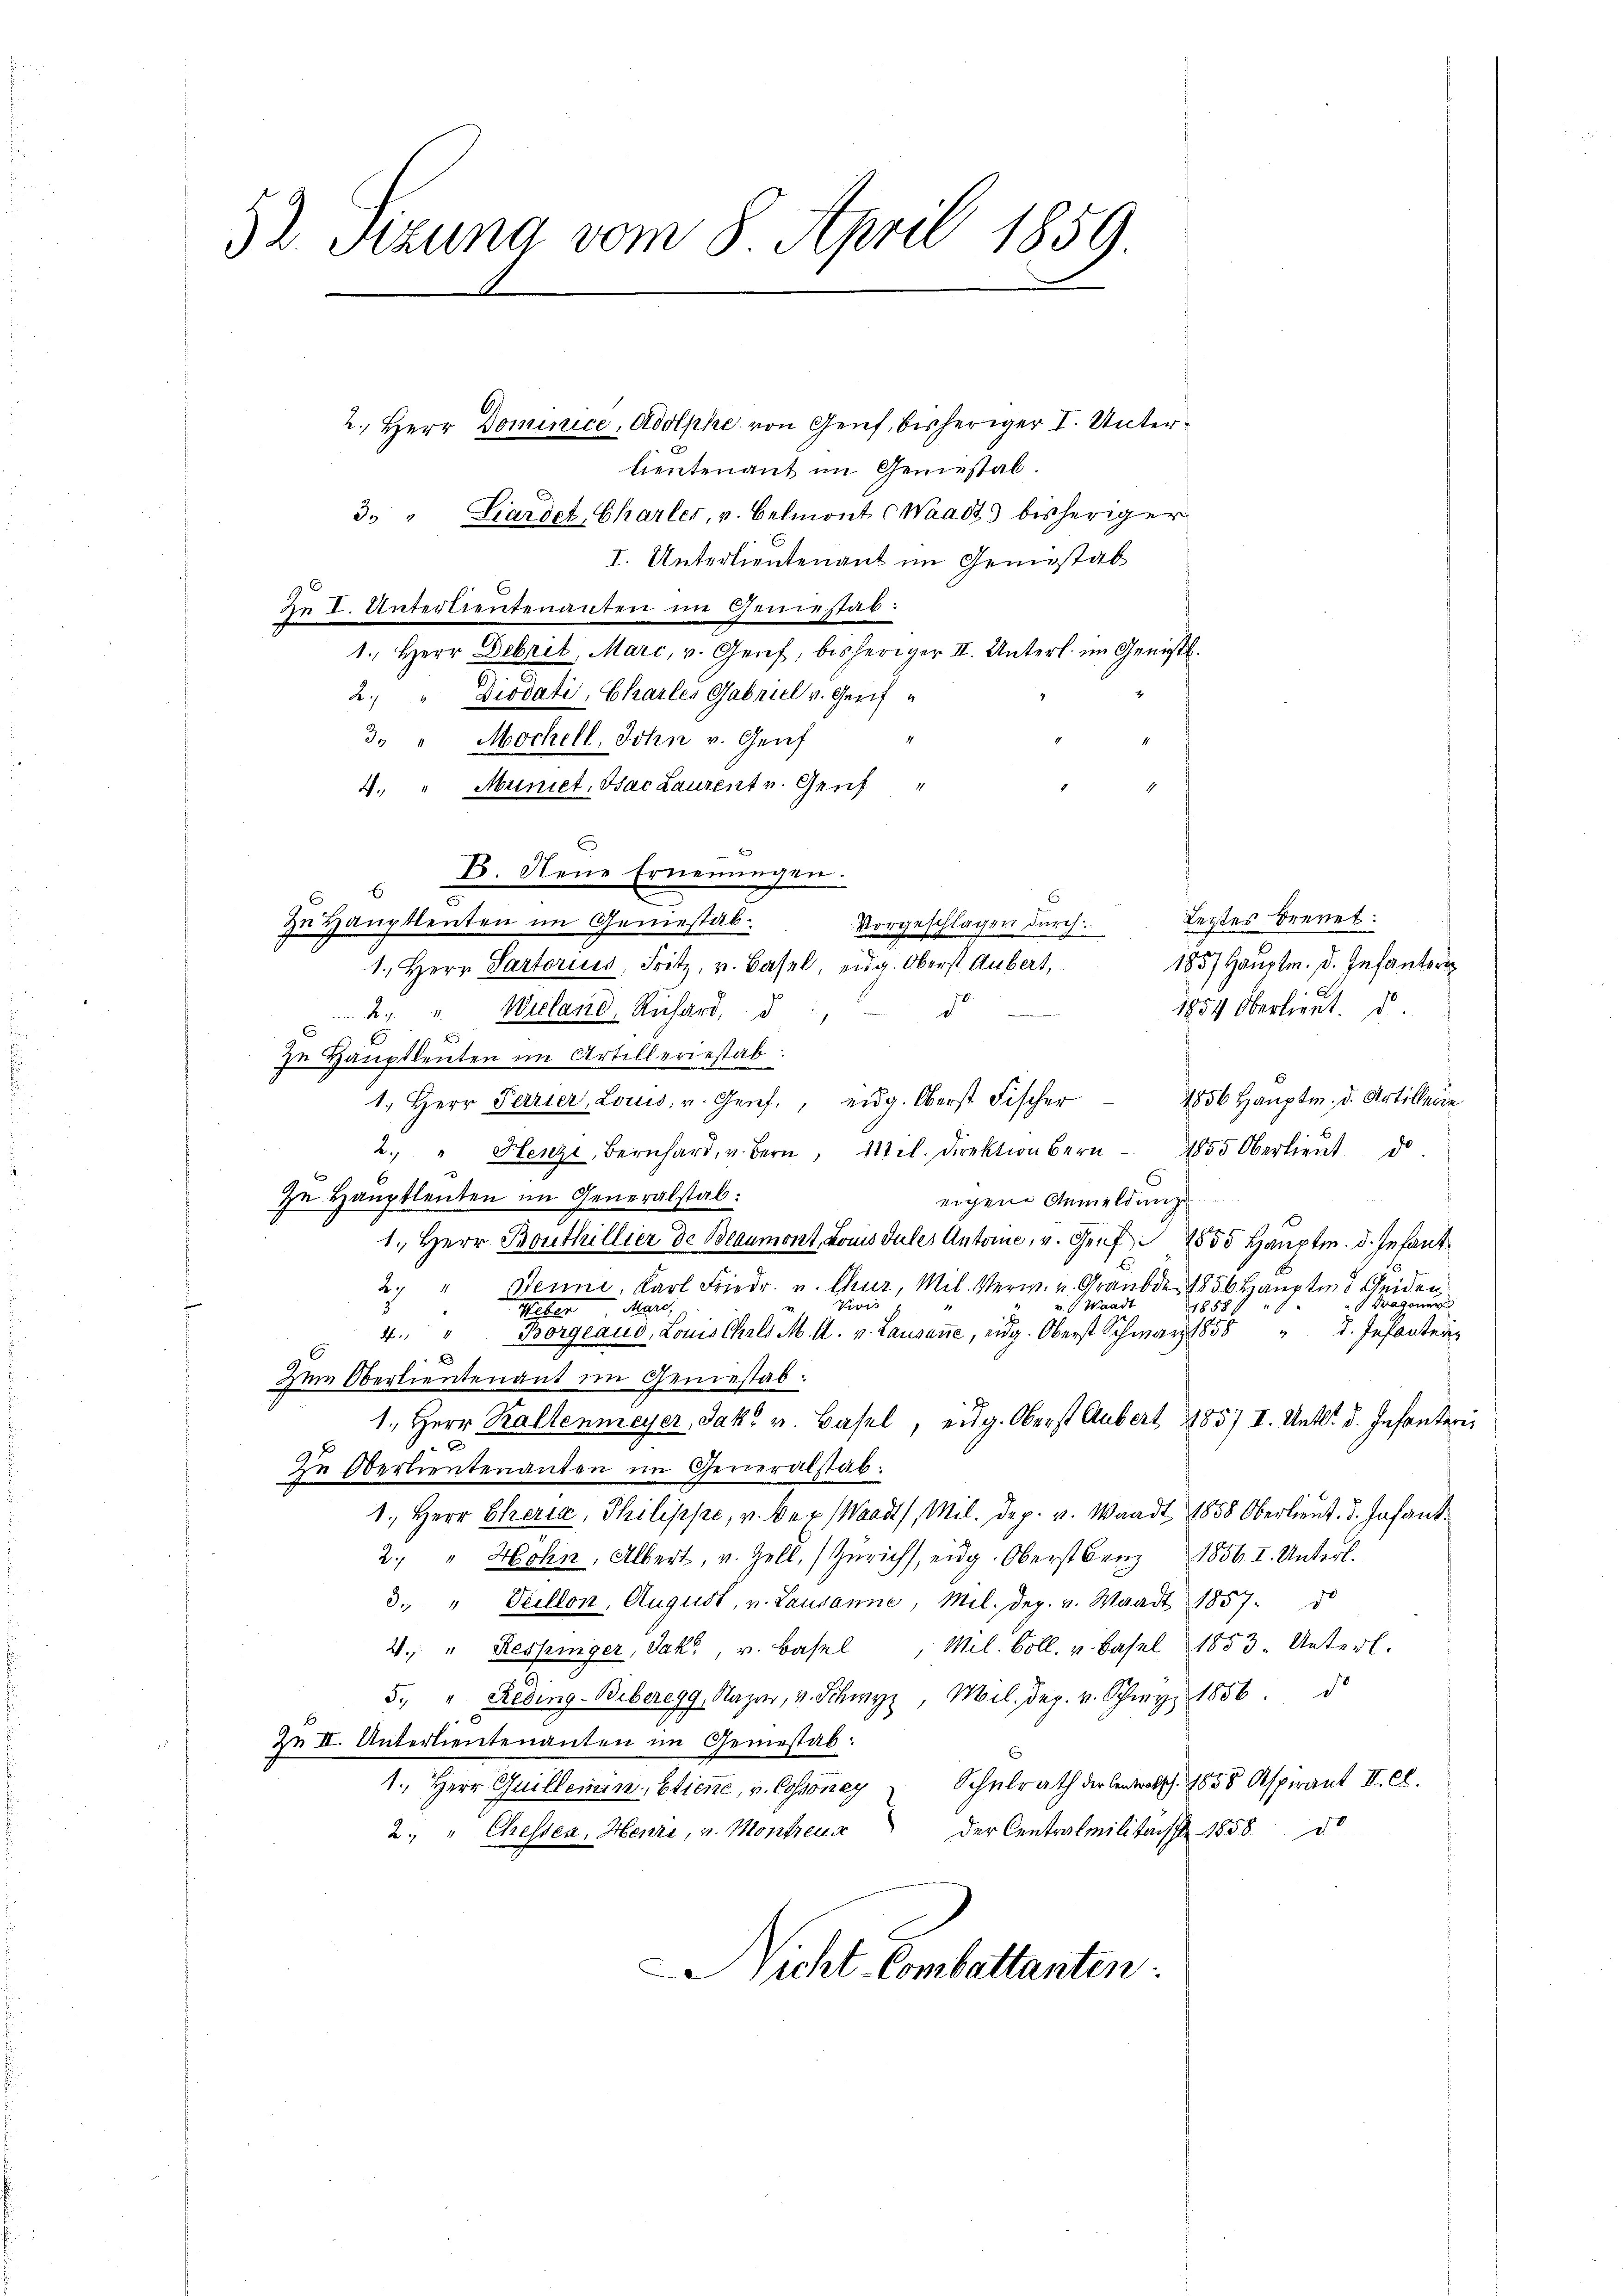
52. Sizung vom 8. April 1859

2. Herr Dominice, Adolphe von Genf, bisheriger I. Unterlieutenant im Geniestal.
3. " Sardet, Charler, v. Belmont (Waadt) bisheriger
I. Unterlieutenant im Gemistab
xe I. Unterlieŭtenanten im Geniesstab:
1. Herr Debrik, Mari, v. Genf, bisheriger II. Unterl. im Genüstl.
2. " Diodati, Charler Gabriel v. Gerif
3. " Mochell, John v. Genf
4. " Munict. Bac Laurent v. Genf "
.
x
B. Neue Ernennungen.
Vorgeschlagen dŭrch Leztes brevet:
In Hauptleuten im Geniestab
1., Herr Partoriis, Fritz, v. Basel, eidg. Oberst Aubert,
d
2. " Wieland, Richard, d
5
6
In Hauptleuten im Artilleriestab
1. Herr Ferrier, Louis, v. Genf., eidg. Oberst Fischer 1856 Haŭptm. d. Artillerie
2. " Henzi, Bernhard, u. Bern, 11 l. Direktion bern 1855 Oberlieŭt. d
Zu Hauptleuten im Generalstab:
eigene Anmeldunge
1., Herr Bouthillier de Beaumont, Louis dules Antone, v. Graf  2550 Hauptm. d. Jeant¬
Benne, Karl Friedr. v. Chur, Mil. Verw. u. Graubde 1856 Hauptm. Heiden
2
v. Waadt
 Dragoner
iuri
18589
3
Meter au
E
d. Infanten
4. " Borgeaud, Louis Chrld M. A. v. Lausaṅe, eidg. Oberst Schwarz 1858
2
Zum Oberlieutenant im Genesstab.
1., Herr Kallenmeyer, Jak. v. Basel, eidg. Oberst Aubert 1857 I. Untl. d. Infantaris
Zu Oberlieutenanten im Generalstab.
1., Herr Cheria, Philippe, v. Bex (Waadt, Mil. Dep. v. Waadt 1858 Oberlieut. I. Infant
2. " Hohn, Albert, u. Zell, Zürich, eidg. Oberst Benz 1856. I. Unterl.
3. " Veillon, August, v. Lausanne, Mil. Dez. v. Waadt 1857.
4. " Ressinger, Jak., v. Basel, Mil. Boll. v. Basel 1853. Unterl.
5. " Reding-Biberegg, Nazar, v. Schwyz, Mil. Dez. v. Schwyz 1856. d
Zn II. Unterlieutenanten im Gemestab
1., Herr Quillenen, Etiene, v. Cossoney Schulrath der Centralsch. 1858 Aspirant II. Cl.
2. " Chessen, Herre, v. Montreux der Centralmilitärs 1858 de
Nicht Combattanten:

1857 Hauptm. D. Infanter
1854 Oberlieut. d.